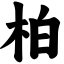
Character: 柏